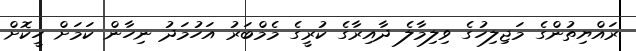
ރައްޔިތުންގެ މަޖިލިހުގެ ވިލިމާލެ ދާއިރާގެ ކުރީގެ މެމްބަރު އަހުމަދު ނިހާން ކަމަށް ހީކޮށް